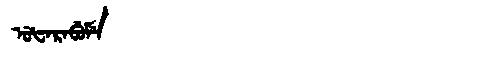
Manchu: ᡠᡶᠠᡵᠠᠪᡠᠮᡝ
Romanization: UFARABUME